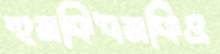
হুমকিধমকিও